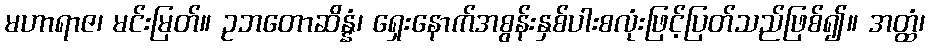
မဟာရာဇ၊ မင်းမြတ်။ ဥဘတောဆိန္နံ၊ ရှေးနောက်အစွန်းနှစ်ပါးစလုံးဖြင့်ပြတ်သည်ဖြစ်၍။ အတ္ထံ၊